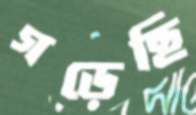
গড়েছি